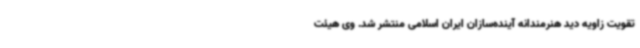
تقویت زاویه دید ‌هنرمندانه آینده‌سازان ایران اسلامی منتشر شد. وی هیئت